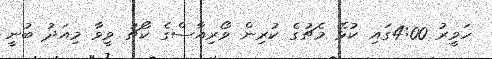
ހަވީރު 4:00ގައި ކުޅޭ މެޗުގެ ކުރިން ވޯރިއާސްގެ ކޯޗު ވީވާ މިއަދު ބުނީ